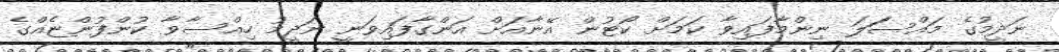
ނަދީމުގެ މައްސަަލަ ނިންމާފައިވާ ކަމަށް ކޯޓުން އޭނާއަށް އަންގާފައިވަނީ ނަދީމު ހިއްސާވާ ކުންފުންޏެއްގެ